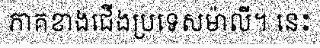
ភាគខាងជើងប្រទេសម៉ាលី។ នេះ